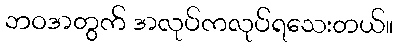
ဘဝအတွက် အလုပ်ကလုပ်ရသေးတယ်။